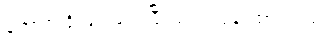
ကောက်ရိုးဖျာ ခင်းပြီး စပါးလှန်းထားသည်။